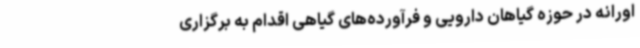
اورانه در حوزه گیاهان دارویی و فرآورده‌های گیاهی اقدام به برگزاری